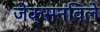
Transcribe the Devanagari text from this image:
जेक्सनविले